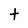
Character: t